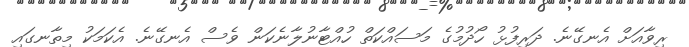
ރިވާއަށް އެނގޭނެ. ދަރިފުޅު ހޯދުމުގެ މަސައްކަތް ހުއްޓާނުލާނެކަން ވެސް އެނގޭނެ. އެކަމަކު މިތާނގައި